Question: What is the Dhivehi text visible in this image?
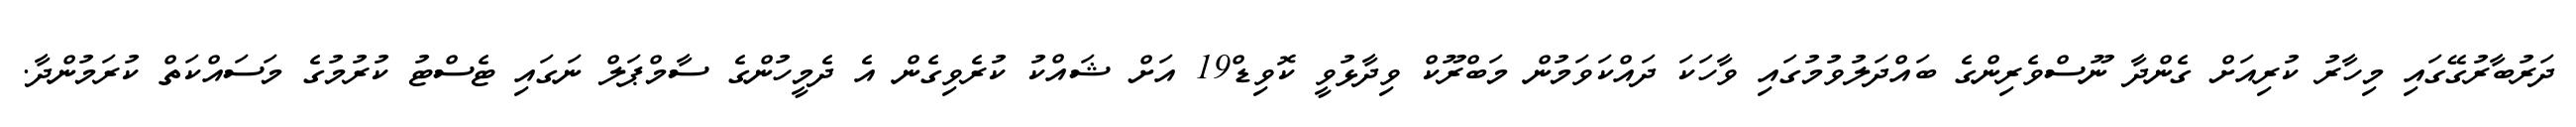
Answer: ދަރުބާރުގޭގައި މިހާރު ކުރިއަށް ގެންދާ ނޫސްވެރިންގެ ބައްދަލުވުމުގައި ވާހަކަ ދައްކަވަމުން މަބްރޫކް ވިދާޅުވީ ކޮވިޑް19 އަށް ޝައްކު ކުރެވިގެން އެ ދެމީހުންގެ ސާމްޕަލް ނަގައި ޓެސްޓު ކުރުމުގެ މަސައްކަތް ކުރަމުންދާ.